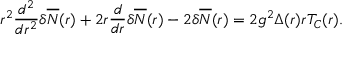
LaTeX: r ^ { 2 } \frac { d ^ { 2 } } { d r ^ { 2 } } { \delta } \overline { { { \cal { N } } } } ( r ) + 2 r \frac { d } { d r } { \delta } \overline { { { \cal { N } } } } ( r ) - 2 { \delta } \overline { { { \cal { N } } } } ( r ) = 2 g ^ { 2 } { \Delta } ( r ) r { \cal T } _ { C } ( r ) .